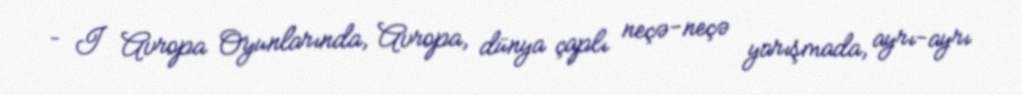
– I Avropa Oyunlarında, Avropa, dünya çaplı neçə-neçə yarışmada, ayrı-ayrı